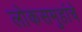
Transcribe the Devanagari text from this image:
लोकसमुहांचे